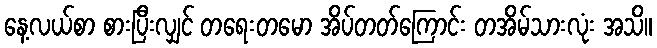
နေ့လယ်စာ စားပြီးလျှင် တရေးတမော အိပ်တတ်ကြောင်း တအိမ်သားလုံး အသိ။